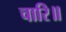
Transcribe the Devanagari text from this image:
चारि॥